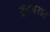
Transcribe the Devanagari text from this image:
भूदेवरात